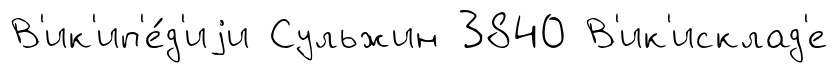
В'ик'ип'е́д'иjи Сульжин 3840 В'ик'исклад'е